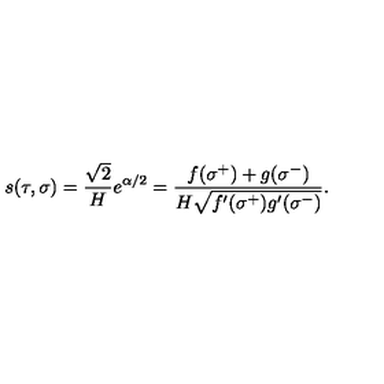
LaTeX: s ( \tau , \sigma ) = \frac { \sqrt { 2 } } { H } e ^ { \alpha / 2 } = \frac { f ( \sigma ^ { + } ) + g ( \sigma ^ { - } ) } { H \sqrt { f ^ { \prime } ( \sigma ^ { + } ) g ^ { \prime } ( \sigma ^ { - } ) } } .